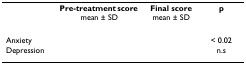
<table><thead><tr><td>[EMPTY_CELL]</td><td><b>Pre-treatment score mean ± SD</b></td><td><b>Final score mean ± SD</b></td><td><b>p</b></td></tr></thead><tbody><tr><td>Anxiety</td><td>[EMPTY_CELL]</td><td>[EMPTY_CELL]</td><td>&lt; 0.02</td></tr><tr><td>Depression</td><td>[EMPTY_CELL]</td><td>[EMPTY_CELL]</td><td>n.s</td></tr></tbody></table>